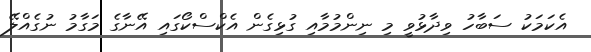
އެކަމަކު ސަބާހު ވިދާޅުވީ މި ނިންމުމާއި ގުޅިގެން އެކްސްކޯގައި އޭނާގެ މަގާމު ނުގެއްލޭ